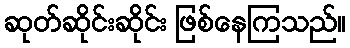
ဆုတ်ဆိုင်းဆိုင်း ဖြစ်နေကြသည်။